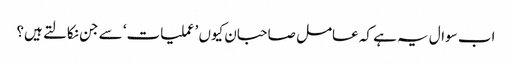
اب سوال یہ ہے کہ عامل صاحبان کیوں ’عملیات‘ سے جن نکالتے ہیں؟